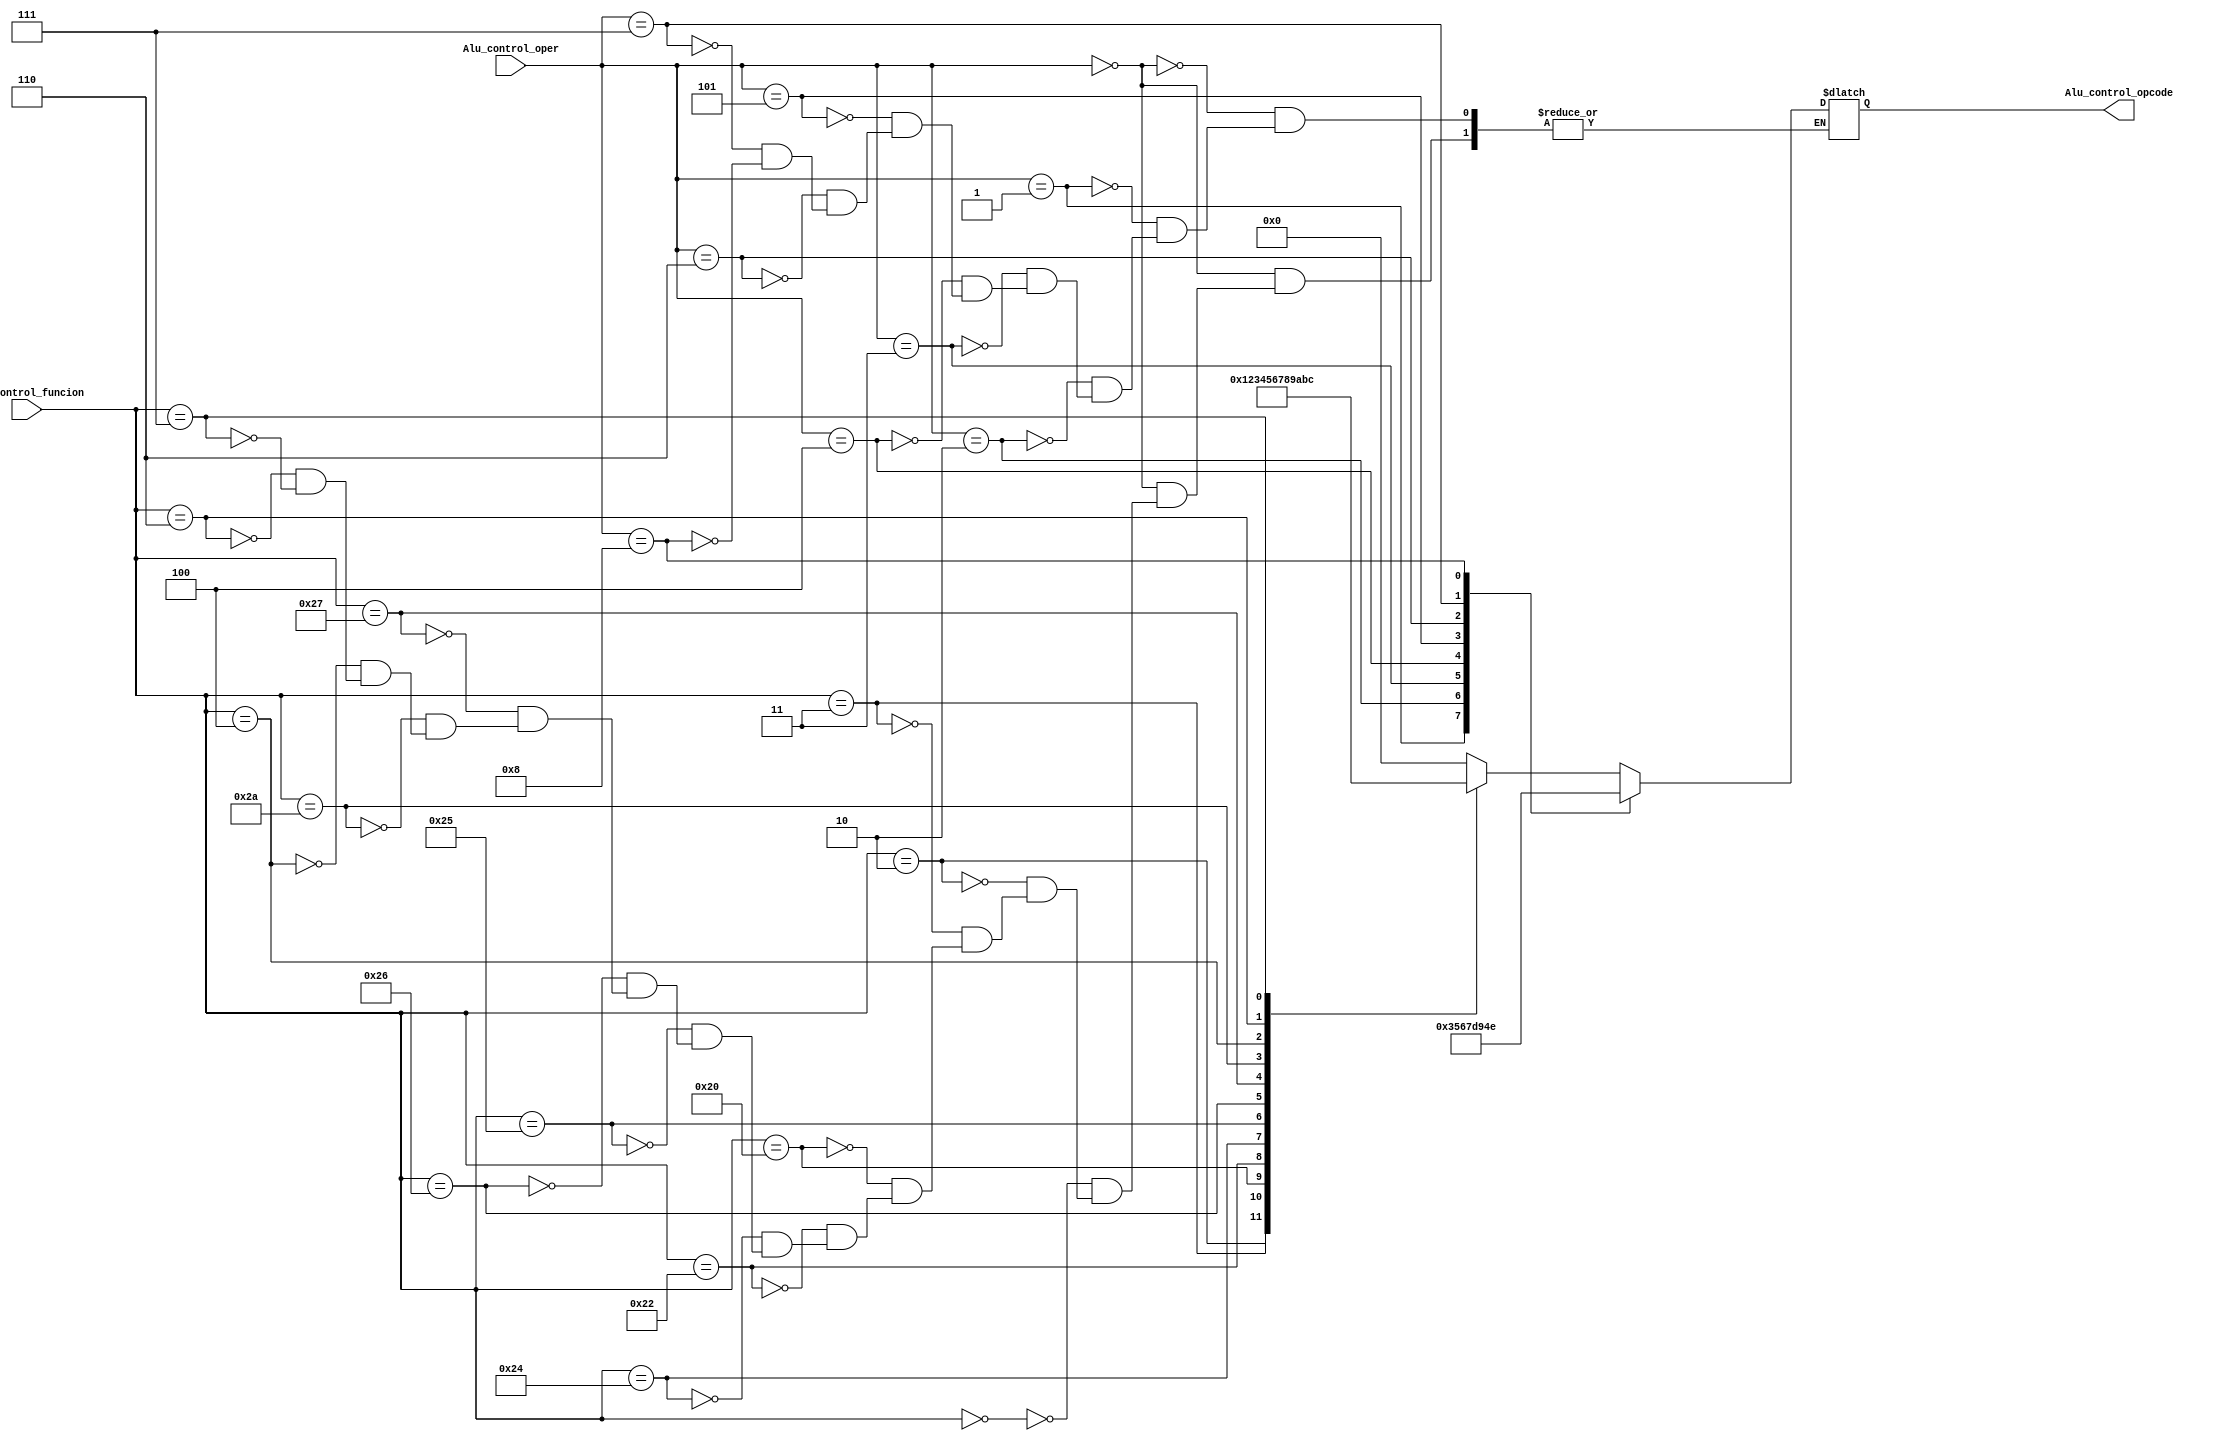
`timescale 1ns / 1ps
//////////////////////////////////////////////////////////////////////////////////
// Company: 
// Engineer: 
// 
// Design Name: 
// Module Name: Alu_control
// Project Name: 
// Target Devices: 
// Tool Versions: 
// Description: 
// 
// Dependencies: 
// 
// Revision:
// Revision 0.01 - File Created
// Additional Comments:
// 
//////////////////////////////////////////////////////////////////////////////////


module Alu_control#(
        //Parameters
        parameter   N_BITS_FUNC = 6,
        parameter   N_BITS_ALUOP = 4,
        parameter   N_BITS_ALUCON = 4,
        parameter   SLL_FUNCTIONCODE =  6'b000000,
        parameter   SRL_FUNCTIONCODE =  6'b000010,
        parameter   SRA_FUNCTIONCODE =  6'b000011,
        parameter   ADD_FUNCTIONCODE =  6'b100000,
        parameter   SUB_FUNCTIONCODE =  6'b100010,
        parameter   AND_FUNCTIONCODE =  6'b100100,
        parameter   OR_FUNCTIONCODE  =  6'b100101,
        parameter   XOR_FUNCTIONCODE =  6'b100110,
        parameter   NOR_FUNCTIONCODE =  6'b100111,
        parameter   SLT_FUNCTIONCODE =  6'b101010,
        parameter   SLLV_FUNCTIONCODE = 6'b000100,
        parameter   SRLV_FUNCTIONCODE = 6'b000110,
        parameter   SRAV_FUNCTIONCODE = 6'b000111
    )
    (
        // Inputs
        input wire  [N_BITS_FUNC - 1 : 0]   Alu_control_funcion,    // Codigo de instruccion para las Instrucciones tipo R 
        input wire  [N_BITS_ALUOP - 1 : 0]  Alu_control_oper,       // Tipo de instruccion       
        
        // Output
        output reg  [N_BITS_ALUCON - 1 : 0] Alu_control_opcode      // Seal que va a la ALU con el codigo de operacion
    );
    
    always@(*) begin
        case(Alu_control_oper)
            4'b0000:                                    // INSTRUCCIONES RTYPE 
                case(Alu_control_funcion)
                    SLL_FUNCTIONCODE :   Alu_control_opcode = 4'b0000;  //  SLL Shift left logical (r1<<r2)  
                    SRL_FUNCTIONCODE :   Alu_control_opcode = 4'b0001;  // SRL Shift right logical (r1>>r2)  
                    SRA_FUNCTIONCODE :   Alu_control_opcode = 4'b0010;  // SRA  Shift right arithmetic (r1>>>r2)
                    ADD_FUNCTIONCODE :   Alu_control_opcode = 4'b0011;  // ADD Sum (r1+r2)
                    SUB_FUNCTIONCODE :   Alu_control_opcode = 4'b0100;  // SUB Substract (r1-r2)
                    AND_FUNCTIONCODE :   Alu_control_opcode = 4'b0101;  // AND Logical and (r1&r2)
                    OR_FUNCTIONCODE :    Alu_control_opcode = 4'b0110;  // OR Logical or (r1|r2)
                    XOR_FUNCTIONCODE :   Alu_control_opcode = 4'b0111;  // XOR Logical xor (r1^r2)
                    NOR_FUNCTIONCODE :   Alu_control_opcode = 4'b1000;  // NOR Logical nor ~(r1|r2)
                    SLT_FUNCTIONCODE :   Alu_control_opcode = 4'b1001;  // SLT Compare (r1<r2)
                    SLLV_FUNCTIONCODE :  Alu_control_opcode = 4'b1010;  // SLLV
                    SRLV_FUNCTIONCODE :  Alu_control_opcode = 4'b1011;  // SRLV
                    SRAV_FUNCTIONCODE :  Alu_control_opcode = 4'b1100;  // SRAV
                    default :            Alu_control_opcode = Alu_control_opcode;                      
                endcase                
            4'b0001 : Alu_control_opcode = 4'b0011;  // INSTRUCCION ITYPE - ADDI -> ADD de ALU
            4'b0010 : Alu_control_opcode = 4'b0101;  // INSTRUCCION ITYPE - ANDI -> AND de ALU
            4'b0011 : Alu_control_opcode = 4'b0110;  // INSTRUCCION ITYPE - ORI -> OR de ALU
            4'b0100 : Alu_control_opcode = 4'b0111;  // INSTRUCCION ITYPE - XORI -> XOR de ALU
            4'b0101 : Alu_control_opcode = 4'b1101;  // INSTRUCCION ITYPE - LUI -> SLL16 de ALU
            4'b0110 : Alu_control_opcode = 4'b1001;  // INSTRUCCION ITYPE - SLTI -> SLT de ALU
            4'b0111 : Alu_control_opcode = 4'b0100;  // INSTRUCCION ITYPE - BEQ -> SUB de ALU
            4'b1000 : Alu_control_opcode = 4'b1110;  // INSTRUCCION ITYPE - BNE -> NEQ de ALU
            default : Alu_control_opcode = Alu_control_opcode;
        endcase
    end
    
endmodule